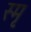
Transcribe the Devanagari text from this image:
स्मृ